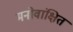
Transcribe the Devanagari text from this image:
मनोवांक्षित